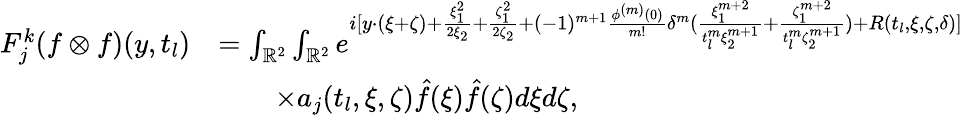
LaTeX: \begin{array}{rl}{F_{j}^{k}(f\otimes f)(y,t_{l})}&{=\int_{\mathbb{R}^{2}}\int_{\mathbb{R}^{2}}e^{i[y\cdot(\xi+\zeta)+\frac{\xi_{1}^{2}}{2\xi_{2}}+\frac{\zeta_{1}^{2}}{2\zeta_{2}}+(-1)^{m+1}\frac{{\phi}^{(m)}(0)}{m!}\delta^{m}(\frac{\xi_{1}^{m+2}}{t_{l}^{m}\xi_{2}^{m+1}}+\frac{\zeta_{1}^{m+2}}{t_{l}^{m}\zeta_{2}^{m+1}})+R(t_{l},\xi,\zeta,\delta)]}}\\ &{\quad\quad\times a_{j}(t_{l},\xi,\zeta)\hat{f}(\xi)\hat{f}(\zeta)d\xi d\zeta,}\end{array}